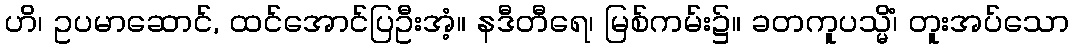
ဟိ၊ ဥပမာဆောင်, ထင်အောင်ပြဦးအံ့။ နဒီတီရေ၊ မြစ်ကမ်း၌။ ခတကူပသ္မိံ၊ တူးအပ်သော